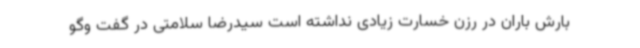
بارش باران در رزن خسارت زیادی نداشته است سیدرضا سلامتی در گفت وگو